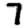
Digit: 7